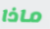
ماذا